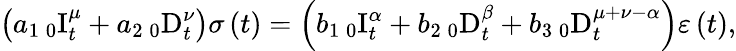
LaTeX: \left(a_{1}\, _{0}\mathrm{I}_{t}^{\mu}+a_{2}\, _{0}\mathrm{D}_{t}^{\nu}\right)\sigma\left(t\right)=\left(b_{1}\, _{0}\mathrm{I}_{t}^{\alpha}+b_{2}\, _{0}\mathrm{D}_{t}^{\beta}+b_{3}\, _{0}\mathrm{D}_{t}^{\mu+\nu-\alpha}\right)\varepsilon\left(t\right),